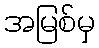
အမြစ်မှ